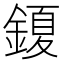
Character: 𮢩